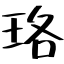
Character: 珞